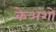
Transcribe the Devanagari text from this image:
केअंशों